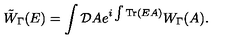
\tilde { W } _ { \Gamma } ( E ) = \int { \mathcal D } A e ^ { i \int \mathrm { T r } ( E A ) } W _ { \Gamma } ( A ) .